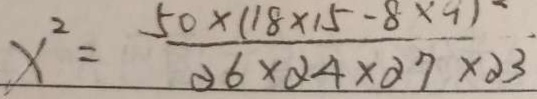
x ^ { 2 } = \frac { 5 0 \times ( 1 8 \times 1 5 - 8 \times 9 ) } { \partial 6 \times \partial 4 \times \partial 7 \times \partial 3 }